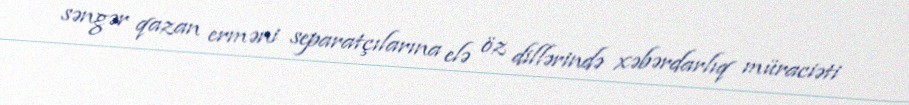
səngər qazan erməni separatçılarına elə öz dillərində xəbərdarlıq müraciəti